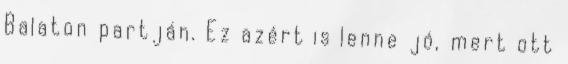
Balaton partján. Ez azért is lenne jó, mert ott